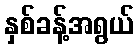
နှစ်ခန့်အရွယ်